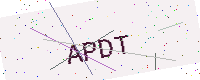
Text: APDT